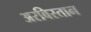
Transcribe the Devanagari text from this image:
अरबिस्तान